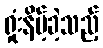
ရှုံးနိမ့်ခဲ့သည့်